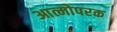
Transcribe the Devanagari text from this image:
आत्मोपरक